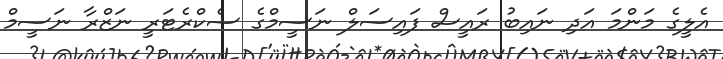
އެލީގެ މަންމަ އަދި ނައިބު ރައީސް ފައިސަލް ނަސީމްގެ ސެކްރެޓަރީ ނަޒްރާ ނަސީމް